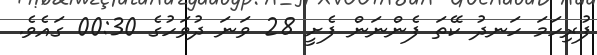
ފުރިހަމަ ހަނދު ކޭތަ ފެންނަން ފެށީ 28 ވަނަ ދުވަހުގެ 00:30 ގައެވެ.